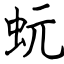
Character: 蚖